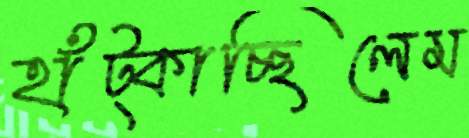
হাঁট্‌কাচ্ছিলেম